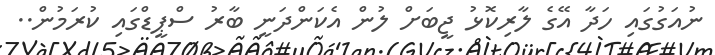
ނުއަގުގައި ހަދާ އޭގެ ލާރިކޮޅު ޖީބަށް ލުން އެކަންދަނީ ބާރު ސްޕީޑްގައި ކުރަމުން..